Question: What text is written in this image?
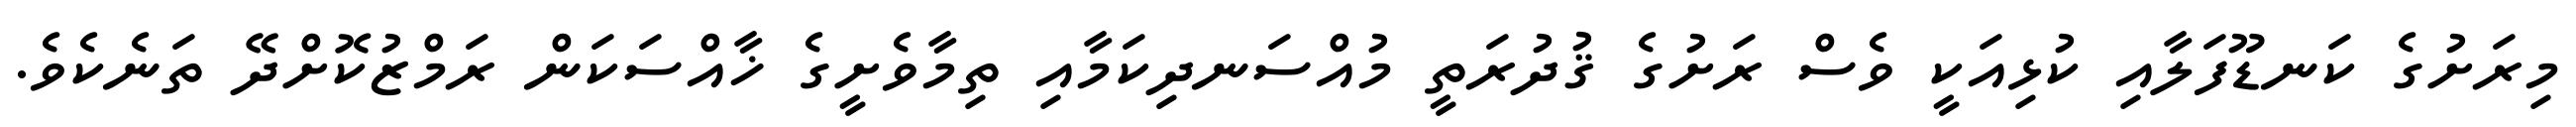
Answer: މިރަށުގެ ކަނޑޫފަލާއި ކުޅިއަކީ ވެސް ރަށުގެ ޤުދުރަތީ މުއްސަނދިކަމާއި ތިމާވެށީގެ ޚާއްސަކަން ރަމްޒުކޮށްދޭ ތަނެކެވެ.